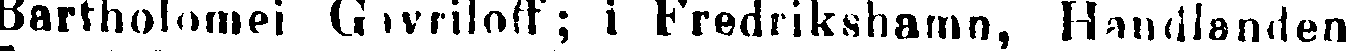
Bartholomei Gavriloff; i Fredrikshamn, Handlanden